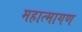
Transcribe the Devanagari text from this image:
महात्मागण